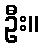
ဦး။